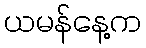
ယမန်နေ့က